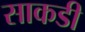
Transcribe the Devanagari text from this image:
साकडी